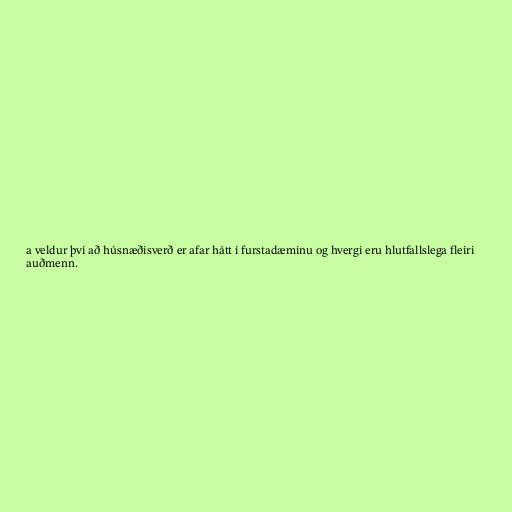
a veldur því að húsnæðisverð er afar hátt í furstadæminu og hvergi eru hlutfallslega fleiri
auðmenn.